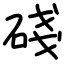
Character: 碊